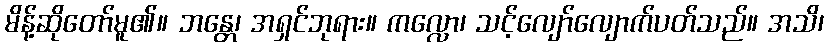
မိန့်ဆိုတော်မူ၏။ ဘန္တေ၊ အရှင်ဘုရား။ ကလ္လော၊ သင့်လျော်လျောက်ပတ်သည်။ အသိ၊